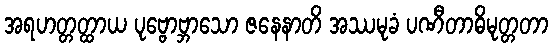
အရဟတ္တတ္ထာယ ပုဗ္ဗောဗ္ဘာသော ဇနေနာတိ အဿမုခံ ပဏီတာဓိမုတ္တတာ